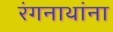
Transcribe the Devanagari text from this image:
रंगनाथांना